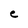
Character: C